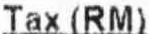
TAX (RM)